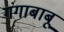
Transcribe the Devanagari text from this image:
गंगाबाबू